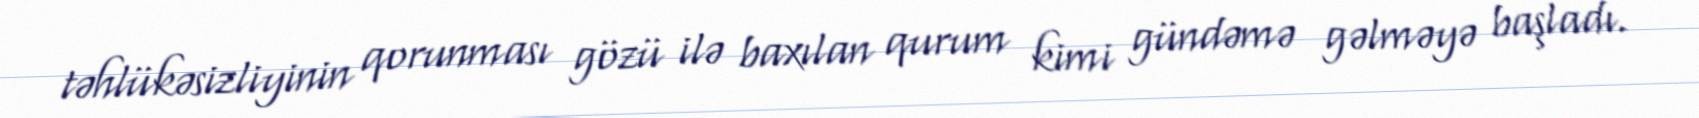
təhlükəsizliyinin qorunması gözü ilə baxılan qurum kimi gündəmə gəlməyə başladı.